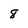
Character: 8